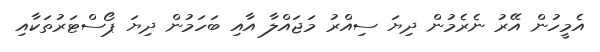
އެމީހުން އޭރު ނެރެމުން ދިޔަ ސިއްރު މަޖައްލާ އާއި ބަހަމުން ދިޔަ ޕޯސްޓަރުތަކާއި